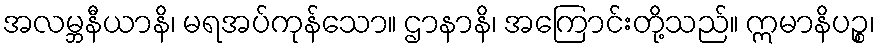
အလမ္ဘနီယာနိ၊ မရအပ်ကုန်သော။ ဌာနာနိ၊ အကြောင်းတို့သည်။ ဣမာနိပဉ္စ၊